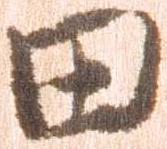
田